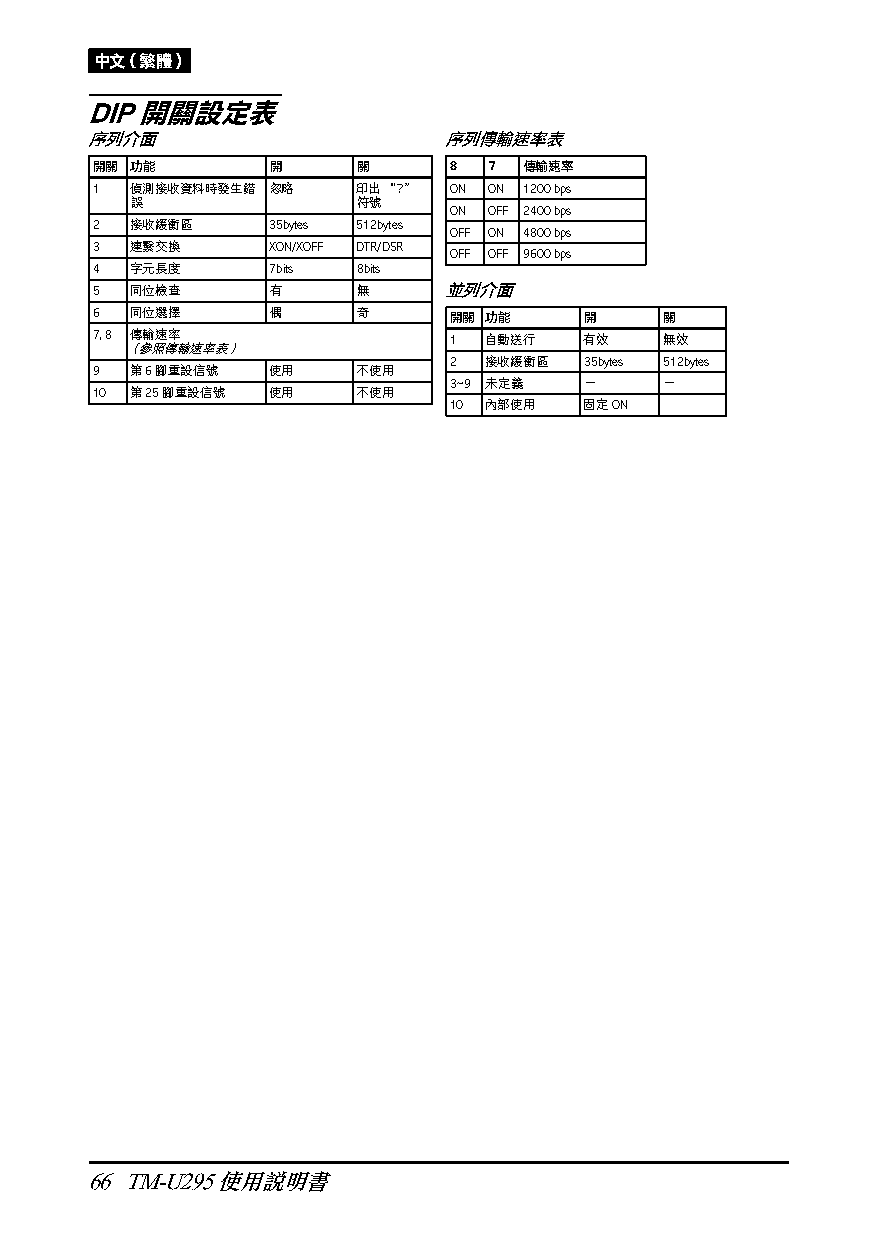
中文（繁體）
 DIP開關設定表
 序列介面                   序列傳輸速率表
 開關 功能       開     關     8 7  傳輸速率
 1  偵測接收資料時發生錯 忽略  印出“?＂ ON ON 1200 bps
 誤              符號
 ON OFF 2400 bps
 2  接收緩衝區    35bytes 512bytes
 OFF ON 4800 bps
 3  連繫交換     XON/XOFF DTR/DSR
 OFF OFF 9600 bps
 4  字元長度     7bits 8bits
 5  同位檢查     有     無    並列介面
 6  同位選擇     偶     奇     開關 功能    開    關
 7, 8 傳輸速率               1 自動送行   有效   無效
 （參照傳輸速率表）
 2 接收緩衝區  35bytes 512bytes
 9  第6腳重設信號  使用    不使用
 3~9 未定義  －    －
 10 第25腳重設信號 使用    不使用
 10 內部使用  固定ON
 66 TM-U295使用說明書